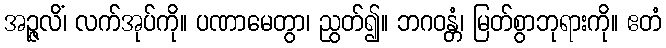
အဉ္ဇလိံ၊ လက်အုပ်ကို။ ပဏာမေတွာ၊ ညွတ်၍။ ဘဂဝန္တံ၊ မြတ်စွာဘုရားကို။ ဧတံ